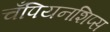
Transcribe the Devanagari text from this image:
चँपियनशिप्स